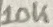
Text: 10K